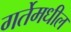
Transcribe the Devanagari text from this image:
गर्तेमधील